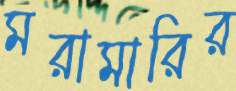
মরামারির